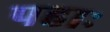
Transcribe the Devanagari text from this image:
पहाः